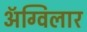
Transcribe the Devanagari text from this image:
अॅग्विलार